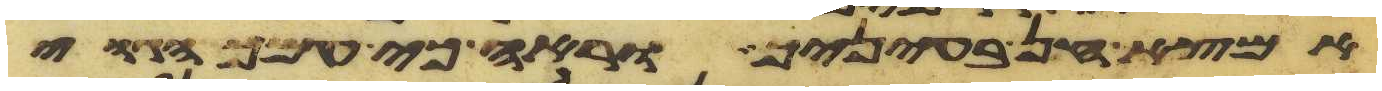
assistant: אמצא חן בעיניך וראה כי עמך הגוי